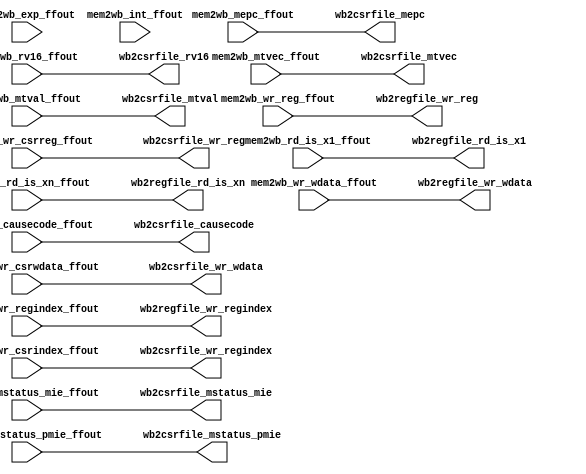
//#include "globalsig.h"
//#include "regfile.h"
//#include "opcode_define.h"
//#include "memory.h"

module inst_wb(
mem2wb_rd_is_x1_ffout,
mem2wb_rd_is_xn_ffout,
mem2wb_wr_regindex_ffout,
mem2wb_wr_reg_ffout,
mem2wb_wr_wdata_ffout,
mem2wb_wr_csrreg_ffout  ,
mem2wb_wr_csrindex_ffout,
mem2wb_wr_csrwdata_ffout,
mem2wb_exp_ffout, //interrupt,
mem2wb_int_ffout,
mem2wb_mstatus_pmie_ffout,
mem2wb_mstatus_mie_ffout ,
mem2wb_mtvec_ffout       ,
mem2wb_mepc_ffout        ,
mem2wb_mtval_ffout       ,
mem2wb_causecode_ffout   ,
mem2wb_rv16_ffout,

wb2regfile_wr_regindex,
wb2regfile_wr_reg,
wb2regfile_wr_wdata,
wb2regfile_rd_is_x1,
wb2regfile_rd_is_xn,
wb2csrfile_wr_reg     ,
wb2csrfile_wr_regindex,
wb2csrfile_wr_wdata   ,
wb2csrfile_mstatus_pmie,
wb2csrfile_mstatus_mie ,
wb2csrfile_mtvec       ,
wb2csrfile_mepc        ,
wb2csrfile_mtval       ,
wb2csrfile_causecode   ,
wb2csrfile_rv16

);
input mem2wb_rd_is_x1_ffout;
input mem2wb_rd_is_xn_ffout;
input [4:0] mem2wb_wr_regindex_ffout;
input mem2wb_wr_reg_ffout;
input [31:0] mem2wb_wr_wdata_ffout;
input mem2wb_wr_csrreg_ffout  ;
input [11:0] mem2wb_wr_csrindex_ffout;
input [31:0] mem2wb_wr_csrwdata_ffout;
input mem2wb_exp_ffout;// , interrupt;
input mem2wb_int_ffout;
input mem2wb_mstatus_pmie_ffout;
input mem2wb_mstatus_mie_ffout ;
input [31:0] mem2wb_mtvec_ffout       ;
input [31:0] mem2wb_mepc_ffout        ;
input [31:0] mem2wb_mtval_ffout       ;
input [4:0] mem2wb_causecode_ffout   ;
input mem2wb_rv16_ffout;

output [4:0] wb2regfile_wr_regindex;
output wb2regfile_wr_reg;
output [31:0] wb2regfile_wr_wdata;
output wb2regfile_rd_is_x1;
output wb2regfile_rd_is_xn;
output wb2csrfile_wr_reg      ;
output [11:0] wb2csrfile_wr_regindex; 
output [31:0] wb2csrfile_wr_wdata    ;
output wb2csrfile_mstatus_pmie;
output wb2csrfile_mstatus_mie ;
output [31:0] wb2csrfile_mtvec       ;
output [31:0] wb2csrfile_mepc        ;
output [31:0] wb2csrfile_mtval       ;
output [4:0] wb2csrfile_causecode   ;
output wb2csrfile_rv16;

wire wb2csrfile_exporint = 1'b0; //mem2wb_exp_ffout | interrupt;
//assign    wb2regfile_pc = mem2wb_pc_ffout;
assign    wb2regfile_wr_regindex = mem2wb_wr_regindex_ffout ;
assign    wb2regfile_wr_reg =  wb2csrfile_exporint ? 1'b0 :  mem2wb_wr_reg_ffout ;
assign    wb2regfile_wr_wdata = mem2wb_wr_wdata_ffout ;
assign    wb2regfile_rd_is_x1 = mem2wb_rd_is_x1_ffout;
assign    wb2regfile_rd_is_xn = mem2wb_rd_is_xn_ffout;

//csrfile
assign wb2csrfile_wr_reg      = wb2csrfile_exporint ? 1'b0 : mem2wb_wr_csrreg_ffout  ;
assign wb2csrfile_wr_regindex = mem2wb_wr_csrindex_ffout;
assign wb2csrfile_wr_wdata    = mem2wb_wr_csrwdata_ffout;
assign wb2csrfile_mstatus_pmie= mem2wb_mstatus_pmie_ffout;
assign wb2csrfile_mstatus_mie = mem2wb_mstatus_mie_ffout ;
assign wb2csrfile_mtvec       = mem2wb_mtvec_ffout       ;
assign wb2csrfile_mepc        = mem2wb_mepc_ffout        ;
assign wb2csrfile_mtval       = mem2wb_mtval_ffout       ;
assign wb2csrfile_causecode   = mem2wb_causecode_ffout   ;
assign wb2csrfile_rv16 = mem2wb_rv16_ffout;
endmodule